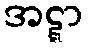
အဋ္ဋာ